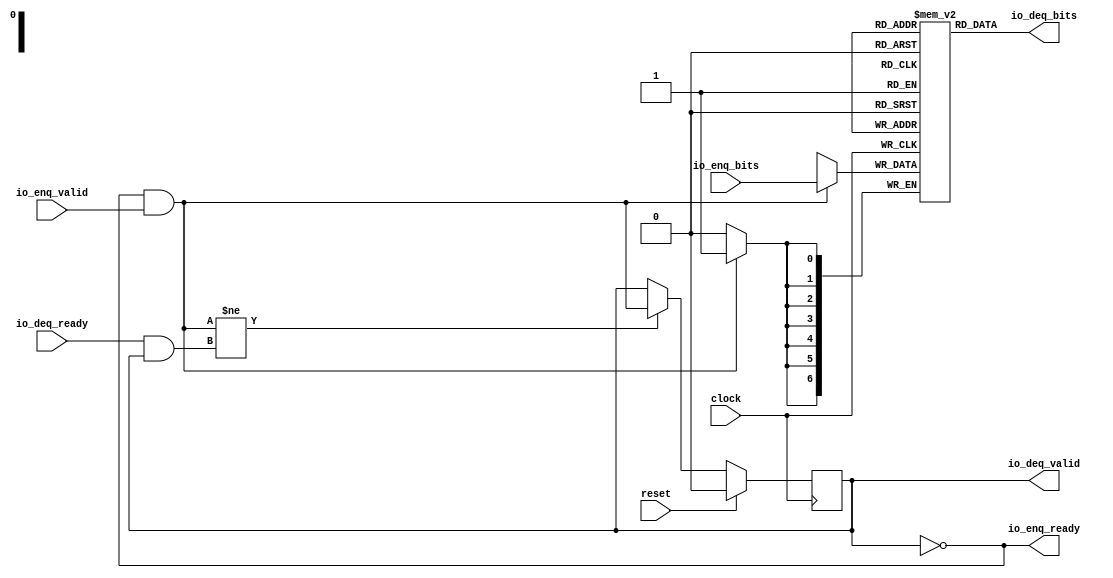
// Copyright (c) 2017, Microsemi Corporation
// All rights reserved.
//
// Redistribution and use in source and binary forms, with or without
// modification, are permitted provided that the following conditions are met:
//     * Redistributions of source code must retain the above copyright
//       notice, this list of conditions and the following disclaimer.
//     * Redistributions in binary form must reproduce the above copyright
//       notice, this list of conditions and the following disclaimer in the
//       documentation and/or other materials provided with the distribution.
//     * Neither the name of the <organization> nor the
//       names of its contributors may be used to endorse or promote products
//       derived from this software without specific prior written permission.
//
// THIS SOFTWARE IS PROVIDED BY THE COPYRIGHT HOLDERS AND CONTRIBUTORS "AS IS" AND
// ANY EXPRESS OR IMPLIED WARRANTIES, INCLUDING, BUT NOT LIMITED TO, THE IMPLIED
// WARRANTIES OF MERCHANTABILITY AND FITNESS FOR A PARTICULAR PURPOSE ARE
// DISCLAIMED. IN NO EVENT SHALL MICROSEMI CORPORATIONM BE LIABLE FOR ANY
// DIRECT, INDIRECT, INCIDENTAL, SPECIAL, EXEMPLARY, OR CONSEQUENTIAL DAMAGES
// (INCLUDING, BUT NOT LIMITED TO, PROCUREMENT OF SUBSTITUTE GOODS OR SERVICES;
// LOSS OF USE, DATA, OR PROFITS; OR BUSINESS INTERRUPTION) HOWEVER CAUSED AND
// ON ANY THEORY OF LIABILITY, WHETHER IN CONTRACT, STRICT LIABILITY, OR TORT
// (INCLUDING NEGLIGENCE OR OTHERWISE) ARISING IN ANY WAY OUT OF THE USE OF THIS
// SOFTWARE, EVEN IF ADVISED OF THE POSSIBILITY OF SUCH DAMAGE.
//
// APACHE LICENSE
// Copyright (c) 2017, Microsemi Corporation 
//
// Licensed under the Apache License, Version 2.0 (the "License");
// you may not use this file except in compliance with the License.
// You may obtain a copy of the License at
//
//    http://www.apache.org/licenses/LICENSE-2.0
//
// Unless required by applicable law or agreed to in writing, software
// distributed under the License is distributed on an "AS IS" BASIS,
// WITHOUT WARRANTIES OR CONDITIONS OF ANY KIND, either express or implied.
// See the License for the specific language governing permissions and
// limitations under the License.
//
// Description:
//
// SVN Revision Information:
// SVN $Revision: $
// SVN $Date: $
//
// Resolved SARs
// SAR      Date     Who   Description
//
// Notes:
//
// ****************************************************************************/
`ifndef RANDOMIZE_REG_INIT 
	 `define RANDOMIZE_REG_INIT 
 `endif
`ifndef RANDOMIZE_MEM_INIT 
	 `define RANDOMIZE_MEM_INIT 
 `endif
`ifndef RANDOMIZE 
	 `define RANDOMIZE 
`endif

`timescale 1ns/10ps
module MiV_AXI_MiV_AXI_0_MIV_RV32IMA_L1_AXI_QUEUE_18( // @[:freechips.rocketchip.system.MivRV32ImaL1AhbConfig.fir@112528.2]
  input        clock, // @[:freechips.rocketchip.system.MivRV32ImaL1AhbConfig.fir@112529.4]
  input        reset, // @[:freechips.rocketchip.system.MivRV32ImaL1AhbConfig.fir@112530.4]
  output       io_enq_ready, // @[:freechips.rocketchip.system.MivRV32ImaL1AhbConfig.fir@112531.4]
  input        io_enq_valid, // @[:freechips.rocketchip.system.MivRV32ImaL1AhbConfig.fir@112531.4]
  input  [6:0] io_enq_bits, // @[:freechips.rocketchip.system.MivRV32ImaL1AhbConfig.fir@112531.4]
  input        io_deq_ready, // @[:freechips.rocketchip.system.MivRV32ImaL1AhbConfig.fir@112531.4]
  output       io_deq_valid, // @[:freechips.rocketchip.system.MivRV32ImaL1AhbConfig.fir@112531.4]
  output [6:0] io_deq_bits // @[:freechips.rocketchip.system.MivRV32ImaL1AhbConfig.fir@112531.4]
);
  reg [6:0] ram [0:0] /* synthesis syn_ramstyle = "registers" */; // @[Decoupled.scala 211:24:freechips.rocketchip.system.MivRV32ImaL1AhbConfig.fir@112536.4]
  reg [31:0] _RAND_0;
  wire [6:0] ram__T_42_data; // @[Decoupled.scala 211:24:freechips.rocketchip.system.MivRV32ImaL1AhbConfig.fir@112536.4]
  wire  ram__T_42_addr; // @[Decoupled.scala 211:24:freechips.rocketchip.system.MivRV32ImaL1AhbConfig.fir@112536.4]
  wire [6:0] ram__T_33_data; // @[Decoupled.scala 211:24:freechips.rocketchip.system.MivRV32ImaL1AhbConfig.fir@112536.4]
  wire  ram__T_33_addr; // @[Decoupled.scala 211:24:freechips.rocketchip.system.MivRV32ImaL1AhbConfig.fir@112536.4]
  wire  ram__T_33_mask; // @[Decoupled.scala 211:24:freechips.rocketchip.system.MivRV32ImaL1AhbConfig.fir@112536.4]
  wire  ram__T_33_en; // @[Decoupled.scala 211:24:freechips.rocketchip.system.MivRV32ImaL1AhbConfig.fir@112536.4]
  reg  maybe_full; // @[Decoupled.scala 214:35:freechips.rocketchip.system.MivRV32ImaL1AhbConfig.fir@112537.4]
  reg [31:0] _RAND_1;
  wire  empty; // @[Decoupled.scala 217:36:freechips.rocketchip.system.MivRV32ImaL1AhbConfig.fir@112539.4]
  wire  do_enq; // @[Decoupled.scala 30:37:freechips.rocketchip.system.MivRV32ImaL1AhbConfig.fir@112542.4]
  wire  do_deq; // @[Decoupled.scala 30:37:freechips.rocketchip.system.MivRV32ImaL1AhbConfig.fir@112546.4]
  wire  _T_36; // @[Decoupled.scala 229:16:freechips.rocketchip.system.MivRV32ImaL1AhbConfig.fir@112556.4]
  wire  _GEN_4; // @[Decoupled.scala 229:27:freechips.rocketchip.system.MivRV32ImaL1AhbConfig.fir@112557.4]
  wire  _T_38; // @[Decoupled.scala 233:19:freechips.rocketchip.system.MivRV32ImaL1AhbConfig.fir@112560.4]
  assign ram__T_42_addr = 1'h0;
  assign ram__T_42_data = ram[ram__T_42_addr]; // @[Decoupled.scala 211:24:freechips.rocketchip.system.MivRV32ImaL1AhbConfig.fir@112536.4]
  assign ram__T_33_data = io_enq_bits;
  assign ram__T_33_addr = 1'h0;
  assign ram__T_33_mask = do_enq;
  assign ram__T_33_en = do_enq;
  assign empty = maybe_full == 1'h0; // @[Decoupled.scala 217:36:freechips.rocketchip.system.MivRV32ImaL1AhbConfig.fir@112539.4]
  assign do_enq = io_enq_ready & io_enq_valid; // @[Decoupled.scala 30:37:freechips.rocketchip.system.MivRV32ImaL1AhbConfig.fir@112542.4]
  assign do_deq = io_deq_ready & io_deq_valid; // @[Decoupled.scala 30:37:freechips.rocketchip.system.MivRV32ImaL1AhbConfig.fir@112546.4]
  assign _T_36 = do_enq != do_deq; // @[Decoupled.scala 229:16:freechips.rocketchip.system.MivRV32ImaL1AhbConfig.fir@112556.4]
  assign _GEN_4 = _T_36 ? do_enq : maybe_full; // @[Decoupled.scala 229:27:freechips.rocketchip.system.MivRV32ImaL1AhbConfig.fir@112557.4]
  assign _T_38 = empty == 1'h0; // @[Decoupled.scala 233:19:freechips.rocketchip.system.MivRV32ImaL1AhbConfig.fir@112560.4]
  assign io_enq_ready = empty;
  assign io_deq_valid = _T_38;
  assign io_deq_bits = ram__T_42_data;
`ifdef RANDOMIZE
  integer initvar;
  initial begin
    `ifndef verilator
      #0.002 begin end
    `endif
  _RAND_0 = {1{32'b0}};
  `ifdef RANDOMIZE_MEM_INIT
  for (initvar = 0; initvar < 1; initvar = initvar+1)
    ram[initvar] = _RAND_0[6:0];
  `endif // RANDOMIZE_MEM_INIT
  `ifdef RANDOMIZE_REG_INIT
  _RAND_1 = {1{32'b0}};
  maybe_full = _RAND_1[0:0];
  `endif // RANDOMIZE_REG_INIT
  end
`endif // RANDOMIZE
  always @(posedge clock) begin
    if(ram__T_33_en & ram__T_33_mask) begin
      ram[ram__T_33_addr] <= ram__T_33_data; // @[Decoupled.scala 211:24:freechips.rocketchip.system.MivRV32ImaL1AhbConfig.fir@112536.4]
    end
    if (reset) begin
      maybe_full <= 1'h0;
    end else begin
      if (_T_36) begin
        maybe_full <= do_enq;
      end
    end
  end
endmodule